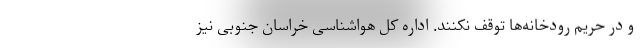
و در حریم رودخانه‌ها توقف نکنند. اداره کل هواشناسی خراسان جنوبی نیز